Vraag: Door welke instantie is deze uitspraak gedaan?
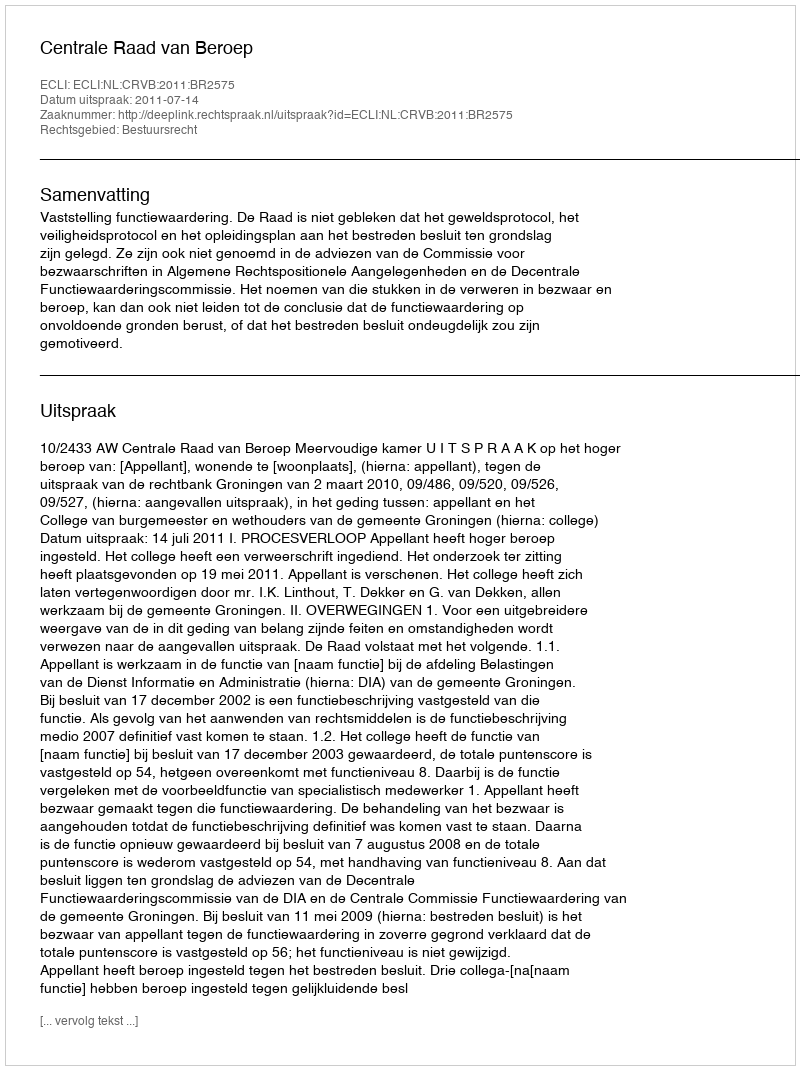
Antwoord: Centrale Raad van Beroep